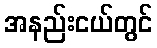
အနည်းငယ်တွင်